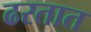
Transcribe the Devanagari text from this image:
ढरतात